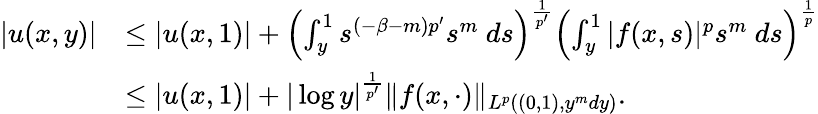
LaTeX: \begin{array}{rl}{|u(x,y)|}&{\leq|u(x,1)|+\left(\int_{y}^{1}s^{(-\beta-m)p^{\prime}}s^{m}\ ds\right)^{\frac{1}{p^{\prime}}}\left(\int_{y}^{1}|f(x,s)|^{p}s^{m}\ ds\right)^{\frac{1}{p}}}\\ &{\leq|u(x,1)|+|\log y|^{\frac{1}{p^{\prime}}}\| f(x,\cdot)\| _{L^{p}\left((0,1),y^{m}dy\right)}.}\end{array}